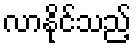
လာနိုင်သည့်